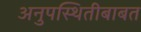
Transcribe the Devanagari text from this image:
अनुपस्थितीबाबत